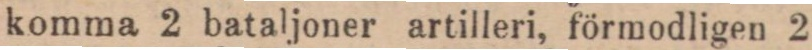
komma 2 bataljoner artilleri, förmodligen 2